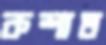
কশাত